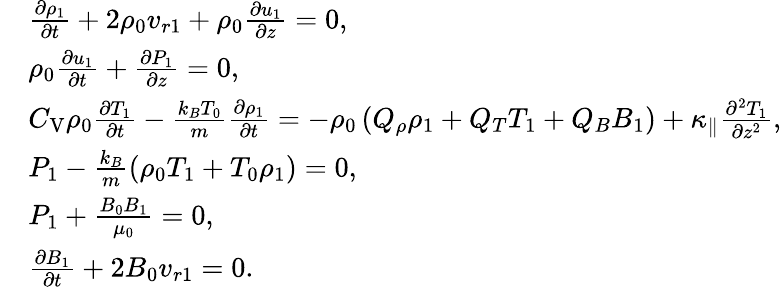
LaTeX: \begin{array}{rl}&{\frac{\partial\rho_{1}}{\partial t}+2\rho_{0}v_{r1}+\rho_{0}\frac{\partial u_{1}}{\partial z}=0,}\\ &{\rho_{0}\frac{\partial u_{1}}{\partial t}+\frac{\partial P_{1}}{\partial z}=0,}\\ &{C_{\mathrm{V}}\rho_{0}\frac{\partial T_{1}}{\partial t}-\frac{k_{B}T_{0}}{m}\frac{\partial\rho_{1}}{\partial t}=-\rho_{0}\left(Q_{\rho}\rho_{1}+Q_{T}T_{1}+Q_{B}B_{\mathrm{1}}\right)+\kappa_{\parallel}\frac{\partial^{2}T_{1}}{\partial z^{2}},}\\ &{P_{1}-\frac{k_{B}}{m}\left(\rho_{0}T_{1}+T_{0}\rho_{1}\right)=0,}\\ &{P_{1}+\frac{B_{0}B_{1}}{\mu_{0}}=0,}\\ &{\frac{\partial B_{1}}{\partial t}+2B_{0}v_{r1}=0.}\end{array}